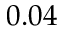
0 . 0 4